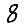
Digit: 8